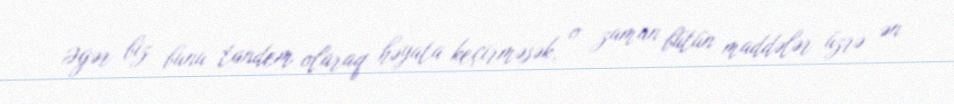
Əgər biz bunu tandem olaraq həyata keçirməsək, o zaman bütün maddələr üzrə ən